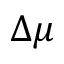
\Delta \mu